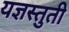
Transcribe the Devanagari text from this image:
यज्ञस्तुती